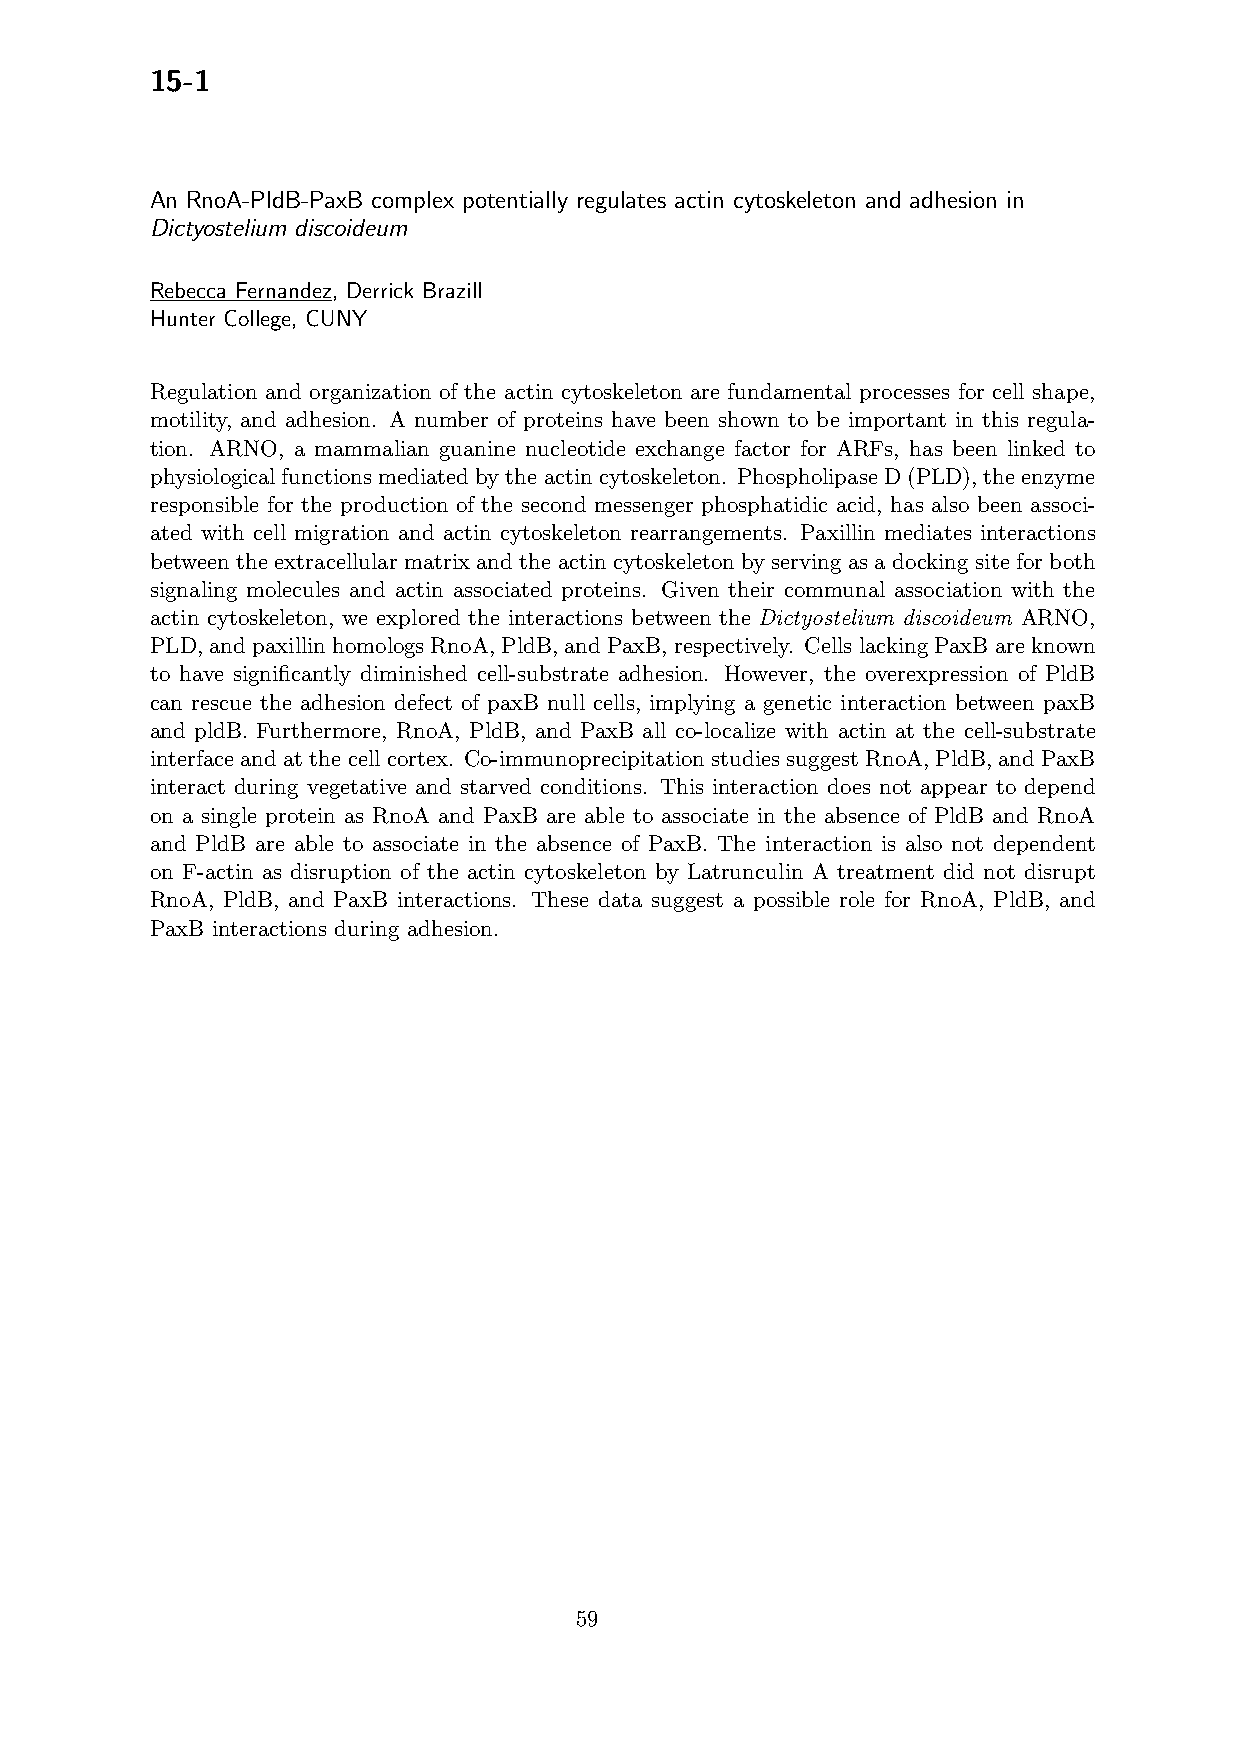
15-1
 An RnoA-PldB-PaxB complex potentially regulates actin cytoskeleton and adhesion in
 Dictyostelium discoideum
 Rebecca Fernandez, Derrick Brazill
 Hunter College, CUNY
 Regulation and organization of the actin cytoskeleton are fundamental processes for cell shape,
 motility, and adhesion. A number of proteins have been shown to be important in this regula-
 tion. ARNO, a mammalian guanine nucleotide exchange factor for ARFs, has been linked to
 physiologicalfunctionsmediatedbytheactincytoskeleton. PhospholipaseD(PLD),theenzyme
 responsible for the production of the second messenger phosphatidic acid, has also been associ-
 ated with cell migration and actin cytoskeleton rearrangements. Paxillin mediates interactions
 betweenthe extracellular matrix and the actin cytoskeleton by serving as a docking site for both
 signaling molecules and actin associated proteins. Given their communal association with the
 actin cytoskeleton, we explored the interactions between the Dictyostelium discoideum ARNO,
 PLD,andpaxillinhomologsRnoA,PldB,andPaxB,respectively. CellslackingPaxBareknown
 to have significantly diminished cell-substrate adhesion. However, the overexpression of PldB
 can rescue the adhesion defect of paxB null cells, implying a genetic interaction between paxB
 and pldB. Furthermore, RnoA, PldB, and PaxB all co-localize with actin at the cell-substrate
 interfaceandatthecellcortex. Co-immunoprecipitationstudiessuggestRnoA,PldB,andPaxB
 interact during vegetative and starved conditions. This interaction does not appear to depend
 on a single protein as RnoA and PaxB are able to associate in the absence of PldB and RnoA
 and PldB are able to associate in the absence of PaxB. The interaction is also not dependent
 on F-actin as disruption of the actin cytoskeleton by Latrunculin A treatment did not disrupt
 RnoA, PldB, and PaxB interactions. These data suggest a possible role for RnoA, PldB, and
 PaxB interactions during adhesion.
 59